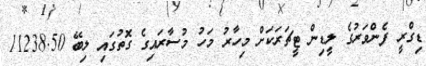
ޑިގްރީ ފެންވަރުގެ ލީޑިން ޓީޗަރަކަށް މިހާރު މަހު މުސާރައިގެ ގޮތުގައި ލިބޭ 11238.50